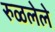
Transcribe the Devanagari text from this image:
रुळलेले